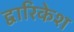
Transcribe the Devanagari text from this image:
द्वारिकेश